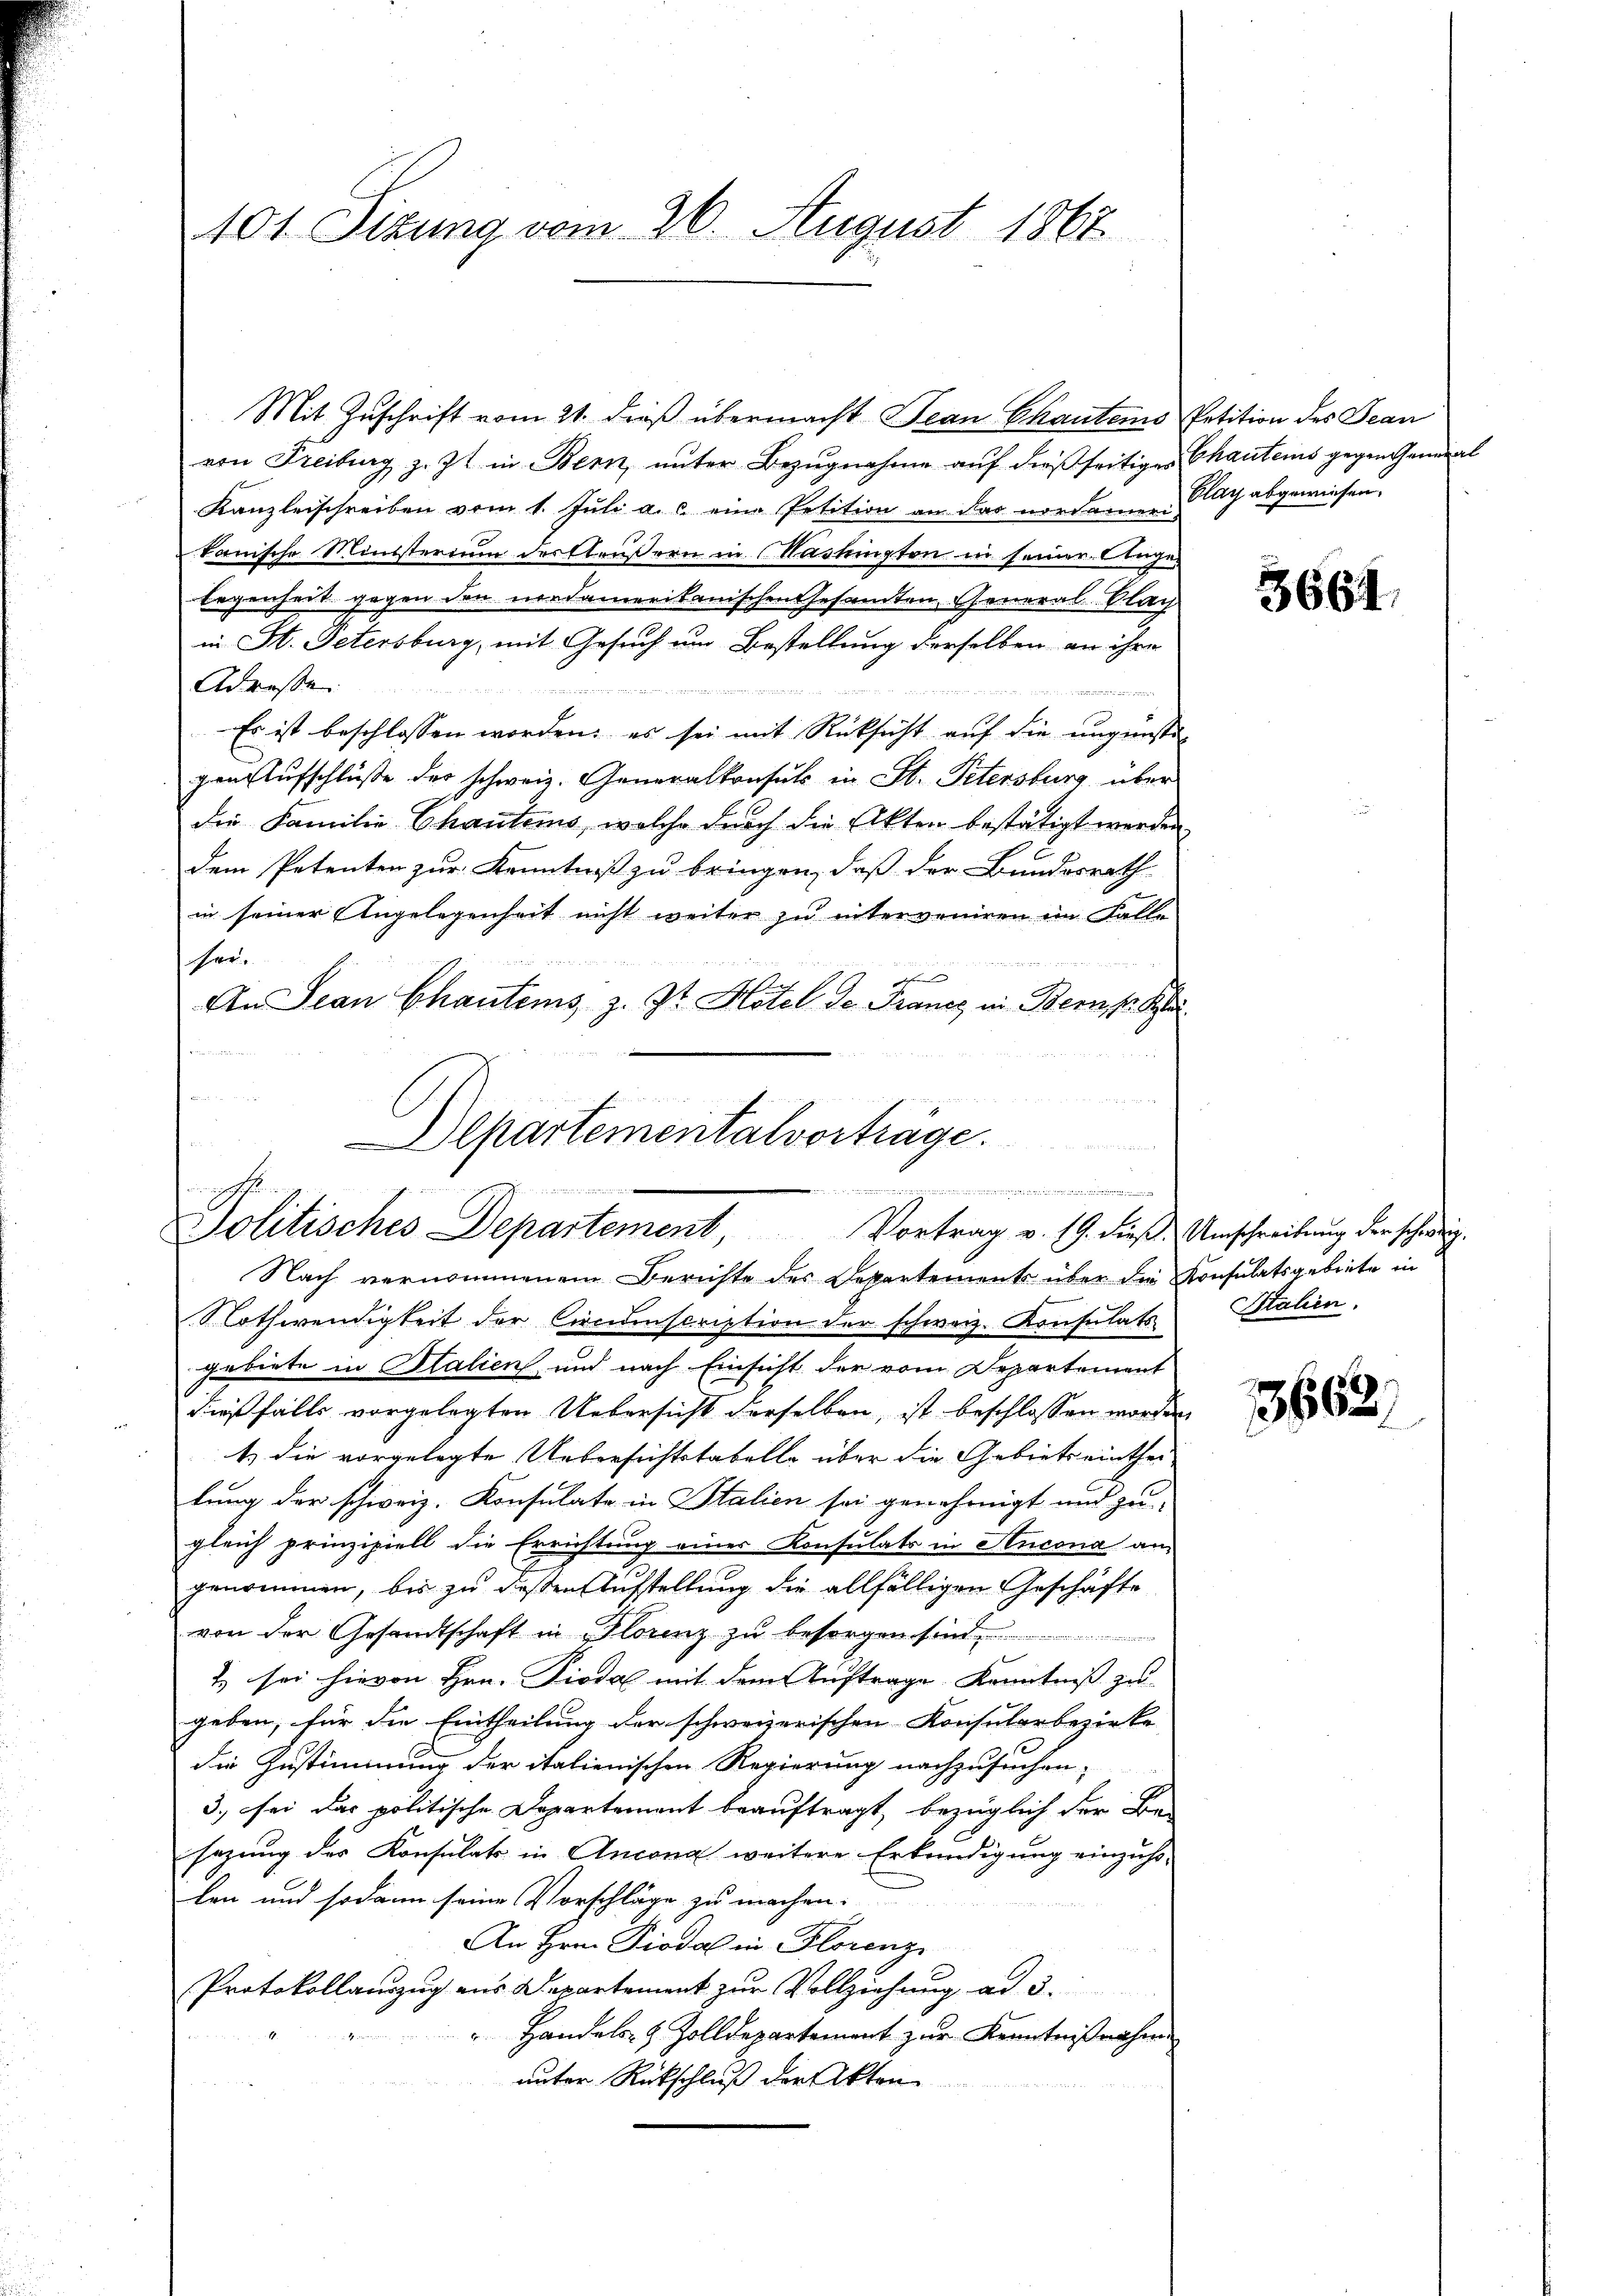
101. Sizung vom 26. August 1862

von Freiburg z. Zt. in Bern, ŭnter Bezŭgnahme aŭf dießseitiges Chautens gegen General
Kanzleischreiben vom 1. Juli a. c. eine Petition an das nordamen. Clag abgewiesen.
kanische Ministerium der Aeußern in Nashington in seiner Liegen
legenheit gegen den nordamerikanischen Gesamten, General-Plach
in St. Petersburg, mit Gesuch um Bestellung derselben an ihre
Adresse

Es ist beschlossen worden; es sei mit Rücksicht auf die ungünsti-
gen Aufschlüße der schweiz. Generalkonsuls in St. Petersburg über
die Familie Chautems, welche durch die Akten bestätigt werden
dem Petenten zur Kenntniß zu bringen, daß der Bundesrath
in seiner Angelegenheit nicht weiter zu interveniren im Falle
her.
B

e
h
An Jean Chautens z. Zt. Hotel de France in Bern k. Ka

Mit Zuschrift vom 21. dieß übermacht Jean Chauteins Petition des Jean

Departementalvorträge.
.

.
Politisches Departement Vortrag v. 19. dieß. Unschreibung der schweig

Nach vernommenem Berichte des Dekartement über die Konsulatsgebiete in
Nothwendigkeit der Circumscription der schweiz. Konsulats Stahen.
gebiete in Italien und nach Einsicht der vom Departement
dießfalls vorgelegten Uebersicht derselben, ist beschlossen worden,
1) die vorgelegte Uebersichtstabelle über die Gebiets einthei
lung der schweiz. Konsulate in Stalien sei genehmigt und zu
gleich prinzipiell die Errichtung einer Konsulats in Ancona an
genommen, bis zu deßen Aufstellung die allfälligen Geschäfte
von der Gesandtschaft in Florenz zu besorgen sind............................
1. sei hievon Hrn. Pioda mit dem Auftrage Kenntniß zu
geben, für die Eintheilung der schweizerischen Konsularbezirke
die Zustimmung der italienischen Regierung nachzusuchen,
3. sei das politische Departement beauftragt, bezüglich der Be-
sazung der Konsulats in Ancona weitere Erkundigung einzuho-
len und sodann seine Vorschläge zu machen.
An Hrn. Piodal in Florenz
Protokollauszug aus Departement zŭr Vollziehung ad 3.
 Handels- & Zolldepartement zur Kenntnißnahm
unter Rückschluß der Akten

3664.

3662.